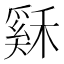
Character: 𥡙